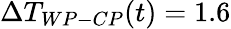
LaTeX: \Delta T_{WP-CP}(t)=1.6